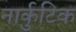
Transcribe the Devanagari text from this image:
नार्कुटिक